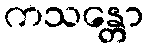
ကသန္တော